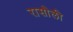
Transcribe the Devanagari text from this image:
रासौली